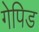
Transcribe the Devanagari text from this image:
गेपिड